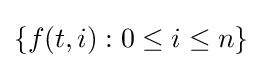
\{f(t,i):0\leq i\leq n\}